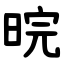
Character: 晥